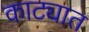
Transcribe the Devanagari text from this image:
काट्यात